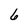
Character: 6